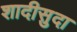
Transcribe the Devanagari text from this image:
शादीसुदा